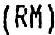
(RM)